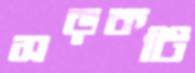
সড়কটি